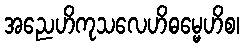
အညေဟိကုသလေဟိဓမ္မေဟိစ၊